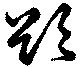
欲